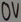
Text: 0V